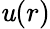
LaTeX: \mathit{u}(r)